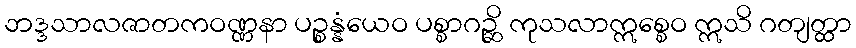
ဘဒ္ဒသာလဇာတကဝဏ္ဏနာ ပဉ္စန္နံယေဝ ပစ္စာဂဉ္ဆိ ကုသလာဣစ္စေဝ ဣသိ ဂတျတ္ထာ